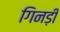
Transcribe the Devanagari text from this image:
गिनड़ी